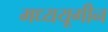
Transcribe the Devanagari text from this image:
मध्ययूगीन